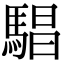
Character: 䮖